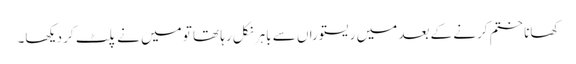
کھانا ختم کرنے کے بعد میں ریستوراں سے باہر نکل رہا تھا تو میں نے پلٹ کر دیکھا۔